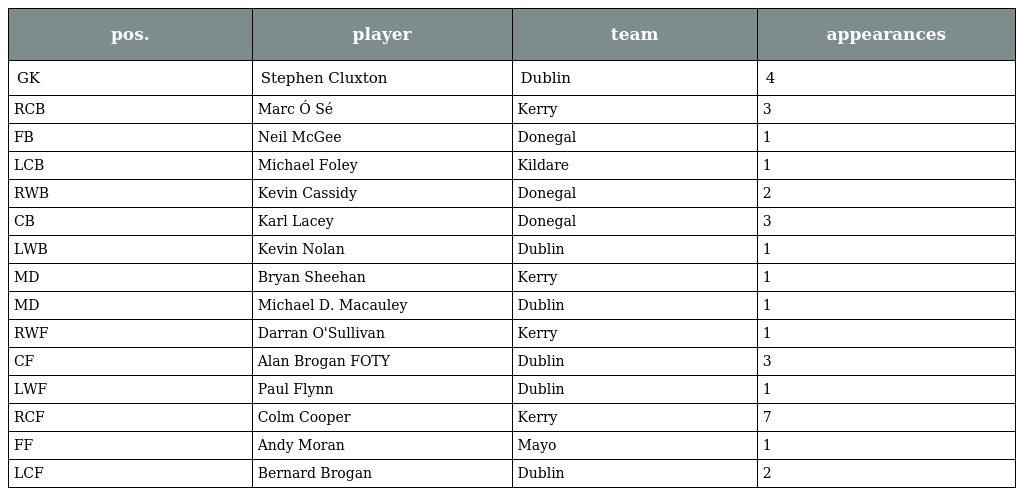
| pos. | player | team | appearances |
 | --- | --- | --- | --- |
 | GK | Stephen Cluxton | Dublin | 4 |
 | RCB | Marc Ó Sé | Kerry | 3 |
 | FB | Neil McGee | Donegal | 1 |
 | LCB | Michael Foley | Kildare | 1 |
 | RWB | Kevin Cassidy | Donegal | 2 |
 | CB | Karl Lacey | Donegal | 3 |
 | LWB | Kevin Nolan | Dublin | 1 |
 | MD | Bryan Sheehan | Kerry | 1 |
 | MD | Michael D. Macauley | Dublin | 1 |
 | RWF | Darran O'Sullivan | Kerry | 1 |
 | CF | Alan Brogan FOTY | Dublin | 3 |
 | LWF | Paul Flynn | Dublin | 1 |
 | RCF | Colm Cooper | Kerry | 7 |
 | FF | Andy Moran | Mayo | 1 |
 | LCF | Bernard Brogan | Dublin | 2 |